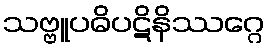
သဗ္ဗူပဓိပဋိနိဿဂ္ဂေ